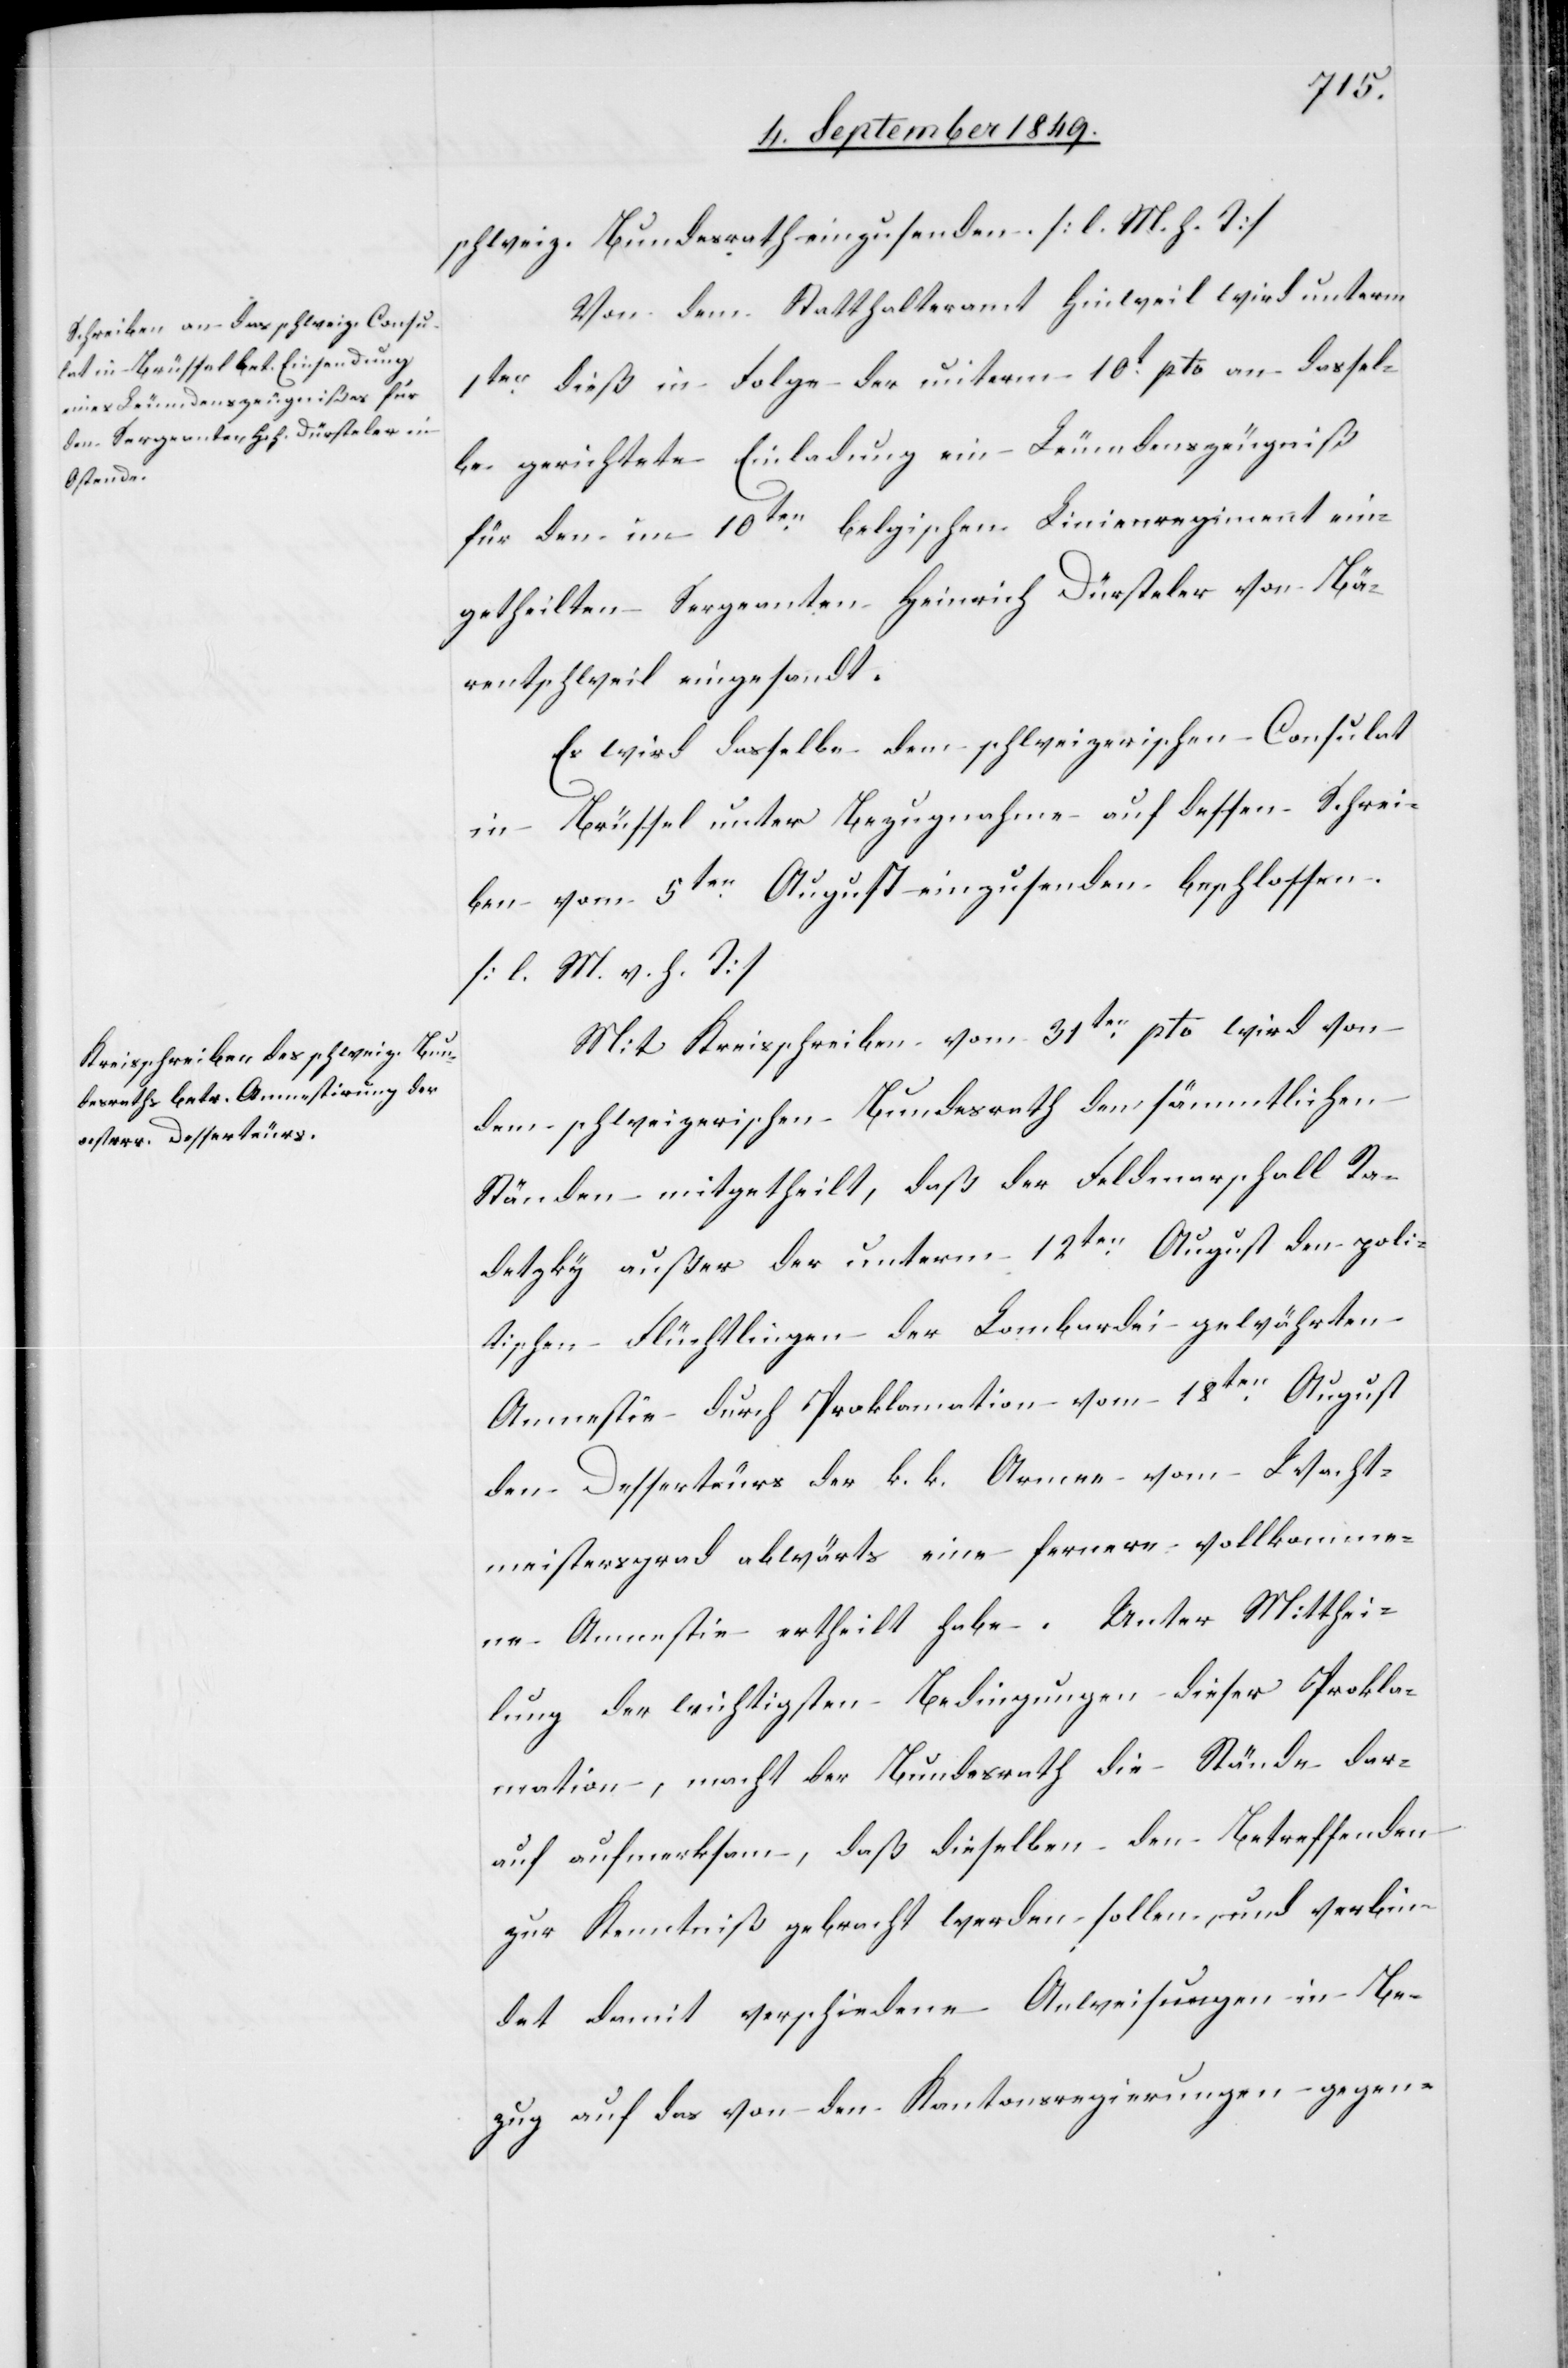
schweiz. Bundesrath einzusenden. [l. M. h. T]
Von dem Statthalteramt Hinweil wird unterm
1ten dieß in Folge der unterm 10t pto an dassel¬
be gerichtete[n] Einladung ein Leumdenszeugniß
für den im 10ten belgischen Linienregiment ein¬
getheilten Sergeanten Heinrich Dürsteler von Bä¬
rentschweil eingesandt.
Es wird dasselbe dem schweizerischen Consulat
in Brüssel unter Bezugnahme auf dessen Schrei¬
ben vom 5ten August einzusenden beschlossen.
[l. M. v. h. T]
Mit Kreisschreiben vom 31ten pto wird von
dem schweizerischen Bundesrath den sämmtlichen
Ständen mitgetheilt, daß der Feldmarschall Ra¬
detzky außer der unterm 12ten August den poli¬
tischen Flüchtlingen der Lombardei gewährten
Amnestie durch Proklamation vom 18ten August
den Desserteurs der k. k. Armee vom Wacht¬
meistersgrad abwärts eine fernere vollkomme¬
ne Amnestie ertheilt habe. Unter Mitthei¬
lung der wichtigsten Bedingungen dieser Prokla¬
mation, macht der Bundesrath die Stände dar¬
auf aufmerksam, daß dieselben den Betreffenden
zur Kenntniß gebracht werden sollen, und verbin¬
det damit verschiedene Anweisungen in Be¬
zug auf das von den Kantonsregierungen gegen-